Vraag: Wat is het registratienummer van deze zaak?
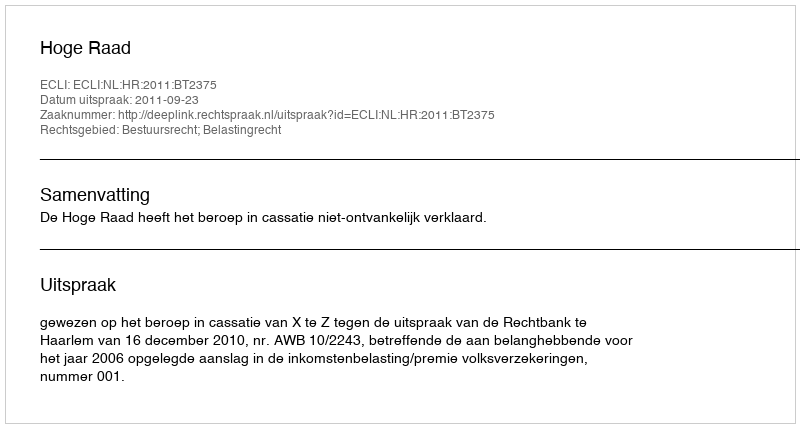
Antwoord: http://deeplink.rechtspraak.nl/uitspraak?id=ECLI:NL:HR:2011:BT2375